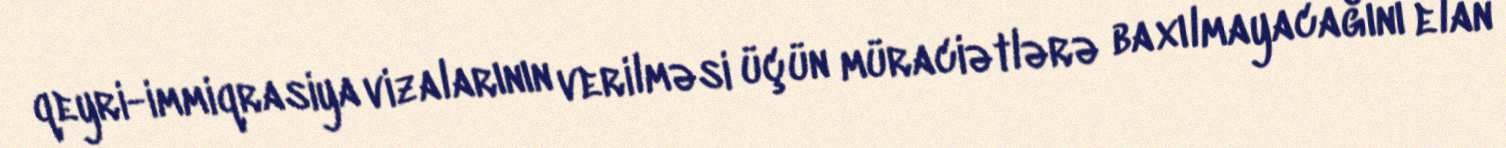
qeyri-immiqrasiya vizalarının verilməsi üçün müraciətlərə baxılmayacağını elan